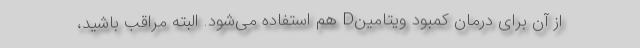
از آن برای درمان کمبود ویتامینD هم استفاده می‌شود. البته مراقب باشید،